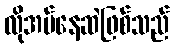
လိုအပ်နေဆဲဖြစ်သည်